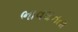
ભાવઘનતા